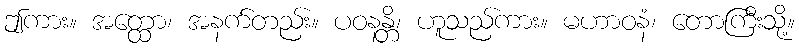
ဤကား။ အတ္ထော၊ အနက်တည်း။ ပဝနန္တိ၊ ဟူသည်ကား။ မဟာဝနံ၊ တောကြီးသို့။